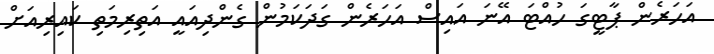
އަހަރެން ޕާޓީގަ ހުއްޓަ އޭނަ އައިސް އަހަރެން ގަދަކަމުން ގެންދިއައީ އަތިރިމަތި ކައިރިއަށް